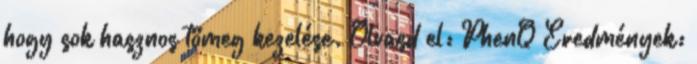
hogy sok hasznos tömeg kezelése. Olvasd el: PhenQ Eredmények: